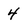
Character: 4